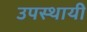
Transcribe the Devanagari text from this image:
उपस्‍थायी